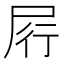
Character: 𰍶